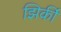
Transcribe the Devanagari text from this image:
झिर्की